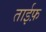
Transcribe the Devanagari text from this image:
ताईफ़